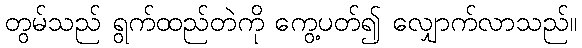
တွမ်သည် ရွက်ထည်တဲကို ကွေ့ပတ်၍ လျှောက်လာသည်။